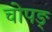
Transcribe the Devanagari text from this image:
चोपङ्